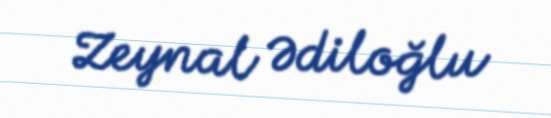
Zeynal Ədiloğlu